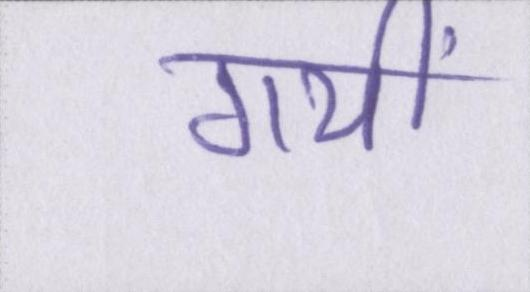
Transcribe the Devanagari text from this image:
गयीं